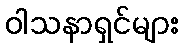
ဝါသနာရှင်များ